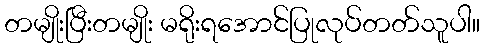
တမျိုးပြီးတမျိုး မရိုးရအောင်ပြုလုပ်တတ်သူပါ။